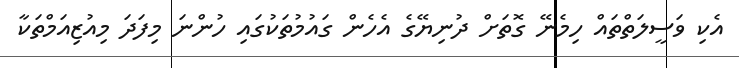
އެކި ވަސީލަތްތައް ހިމެނޭ ގޮތަށް ދުނިޔޭގެ އެހެން ގައުމުތަކުގައި ހުންނަ މިފަދަ މިއުޒިއަމްތަކާ